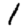
Digit: 1